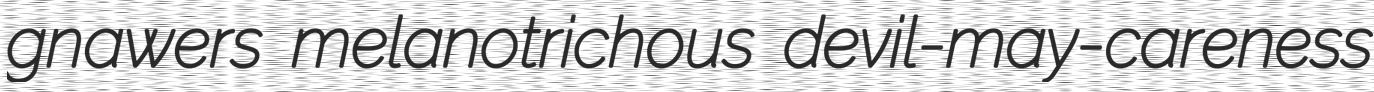
gnawers melanotrichous devil-may-careness